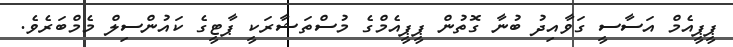
ޕީޕީއެމް އަސާސީ ގަވާއިދު ބުނާ ގޮތުން ޕީޕީއެމްގެ މުސްތަޝާރަކީ ޕާޓީގެ ކައުންސިލް މެމްބަރެވެ.